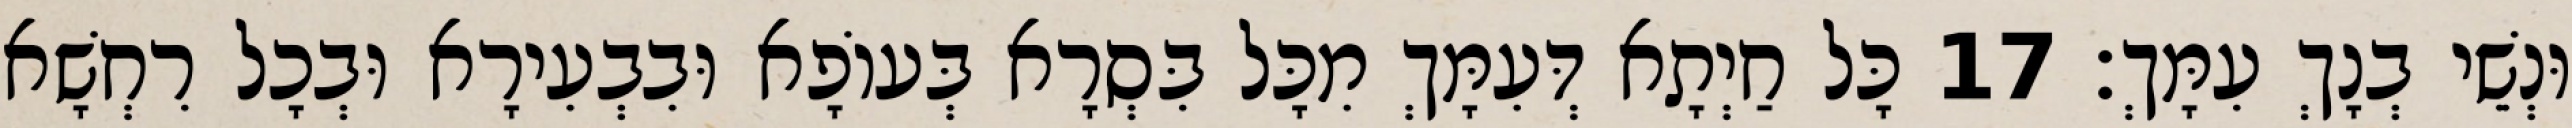
וּנְשֵׁי בְנָךְ עִמָּךְ׃ 17 כָּל חַיְתָא דְּעִמָּךְ מִכָּל בִּסְרָא בְּעוֹפָא וּבִבְעִירָא וּבְכָל רִחְשָׁא